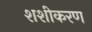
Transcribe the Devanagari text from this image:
शशीकरण